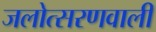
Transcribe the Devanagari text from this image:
जलोत्सरणवाली